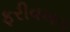
ફરીવખત